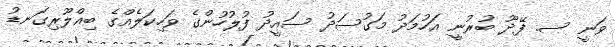
ވަނީ ސ. ފޭދޫ ބުރުނީ އަހުމަދު މަގުސަދު ސައީދު ފުލުހުންގެ ވަހިކަލެއްގެ ބިއްލޫރިގަނޑު